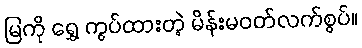
မြကို ရွှေ ကွပ်ထားတဲ့ မိန်းမဝတ်လက်စွပ်။